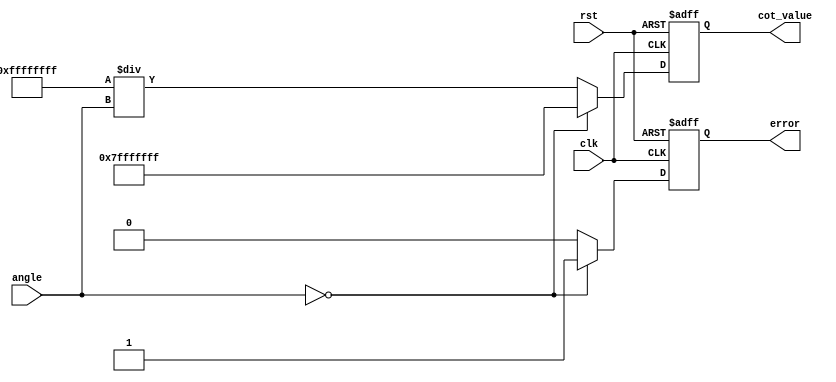
module cotangent (
    input wire clk,
    input wire rst,
    input wire [31:0] angle, // Input angle in radians (32-bit floating-point)
    output reg [31:0] cot_value, // Output cotangent value (32-bit floating-point)
    output reg error // Error signal
);

    reg [31:0] tan_value;
    reg tan_zero;

    // Function to compute tangent using a simple polynomial approximation
    function [31:0] tan_approx(input [31:0] x);
        // Example polynomial approximation for tan(x)
        // Replace this with a more accurate implementation if necessary
        // This is a placeholder for the tangent approximation logic
        begin
            // Use a simple approximation for demonstration purposes
            // This should be replaced with a proper algorithm (e.g., CORDIC, LUT)
            tan_approx = x; // Replace with actual tangent computation
        end
    endfunction

    // Always block to compute cotangent
    always @(posedge clk or posedge rst) begin
        if (rst) begin
            cot_value <= 32'b0;
            error <= 1'b0;
        end else begin
            // Calculate tangent
            tan_value = tan_approx(angle);
            tan_zero = (tan_value == 32'b0); // Check if tangent is zero

            if (tan_zero) begin
                cot_value <= 32'h7FFFFFFF; // Return max value for infinity
                error <= 1'b1; // Set error for division by zero
            end else begin
                // Compute cotangent as the reciprocal of tangent
                cot_value <= 32'b0; // Initialize output
                // Use a fixed-point approach to compute reciprocal
                // This is a placeholder, replace with actual reciprocal calculation
                cot_value <= (32'hFFFFFFFF / tan_value); // Replace with actual reciprocal logic
                error <= 1'b0; // Clear error
            end
        end
    end

endmodule